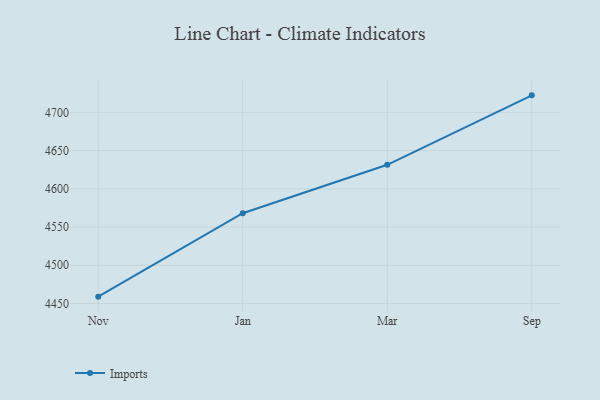
{"axis": {"x": "Month", "y": "Inventory Turnover"}, "legend": ["Imports"], "data": [{"x": "Nov", "y": 4458.9, "type": "Imports"}, {"x": "Jan", "y": 4568.1, "type": "Imports"}, {"x": "Mar", "y": 4631.4, "type": "Imports"}, {"x": "Sep", "y": 4722.3, "type": "Imports"}]}